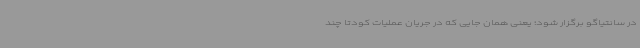
در سانتیاگو برگزار شود؛ یعنی همان جایی که در جریان عملیات کودتا چند